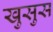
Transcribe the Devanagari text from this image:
खुसुस